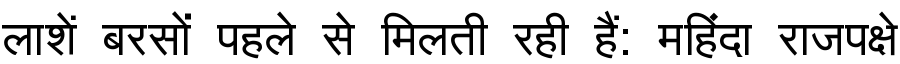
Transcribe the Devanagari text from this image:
लाशें बरसों पहले से मिलती रही हैं: महिंदा राजपक्षे